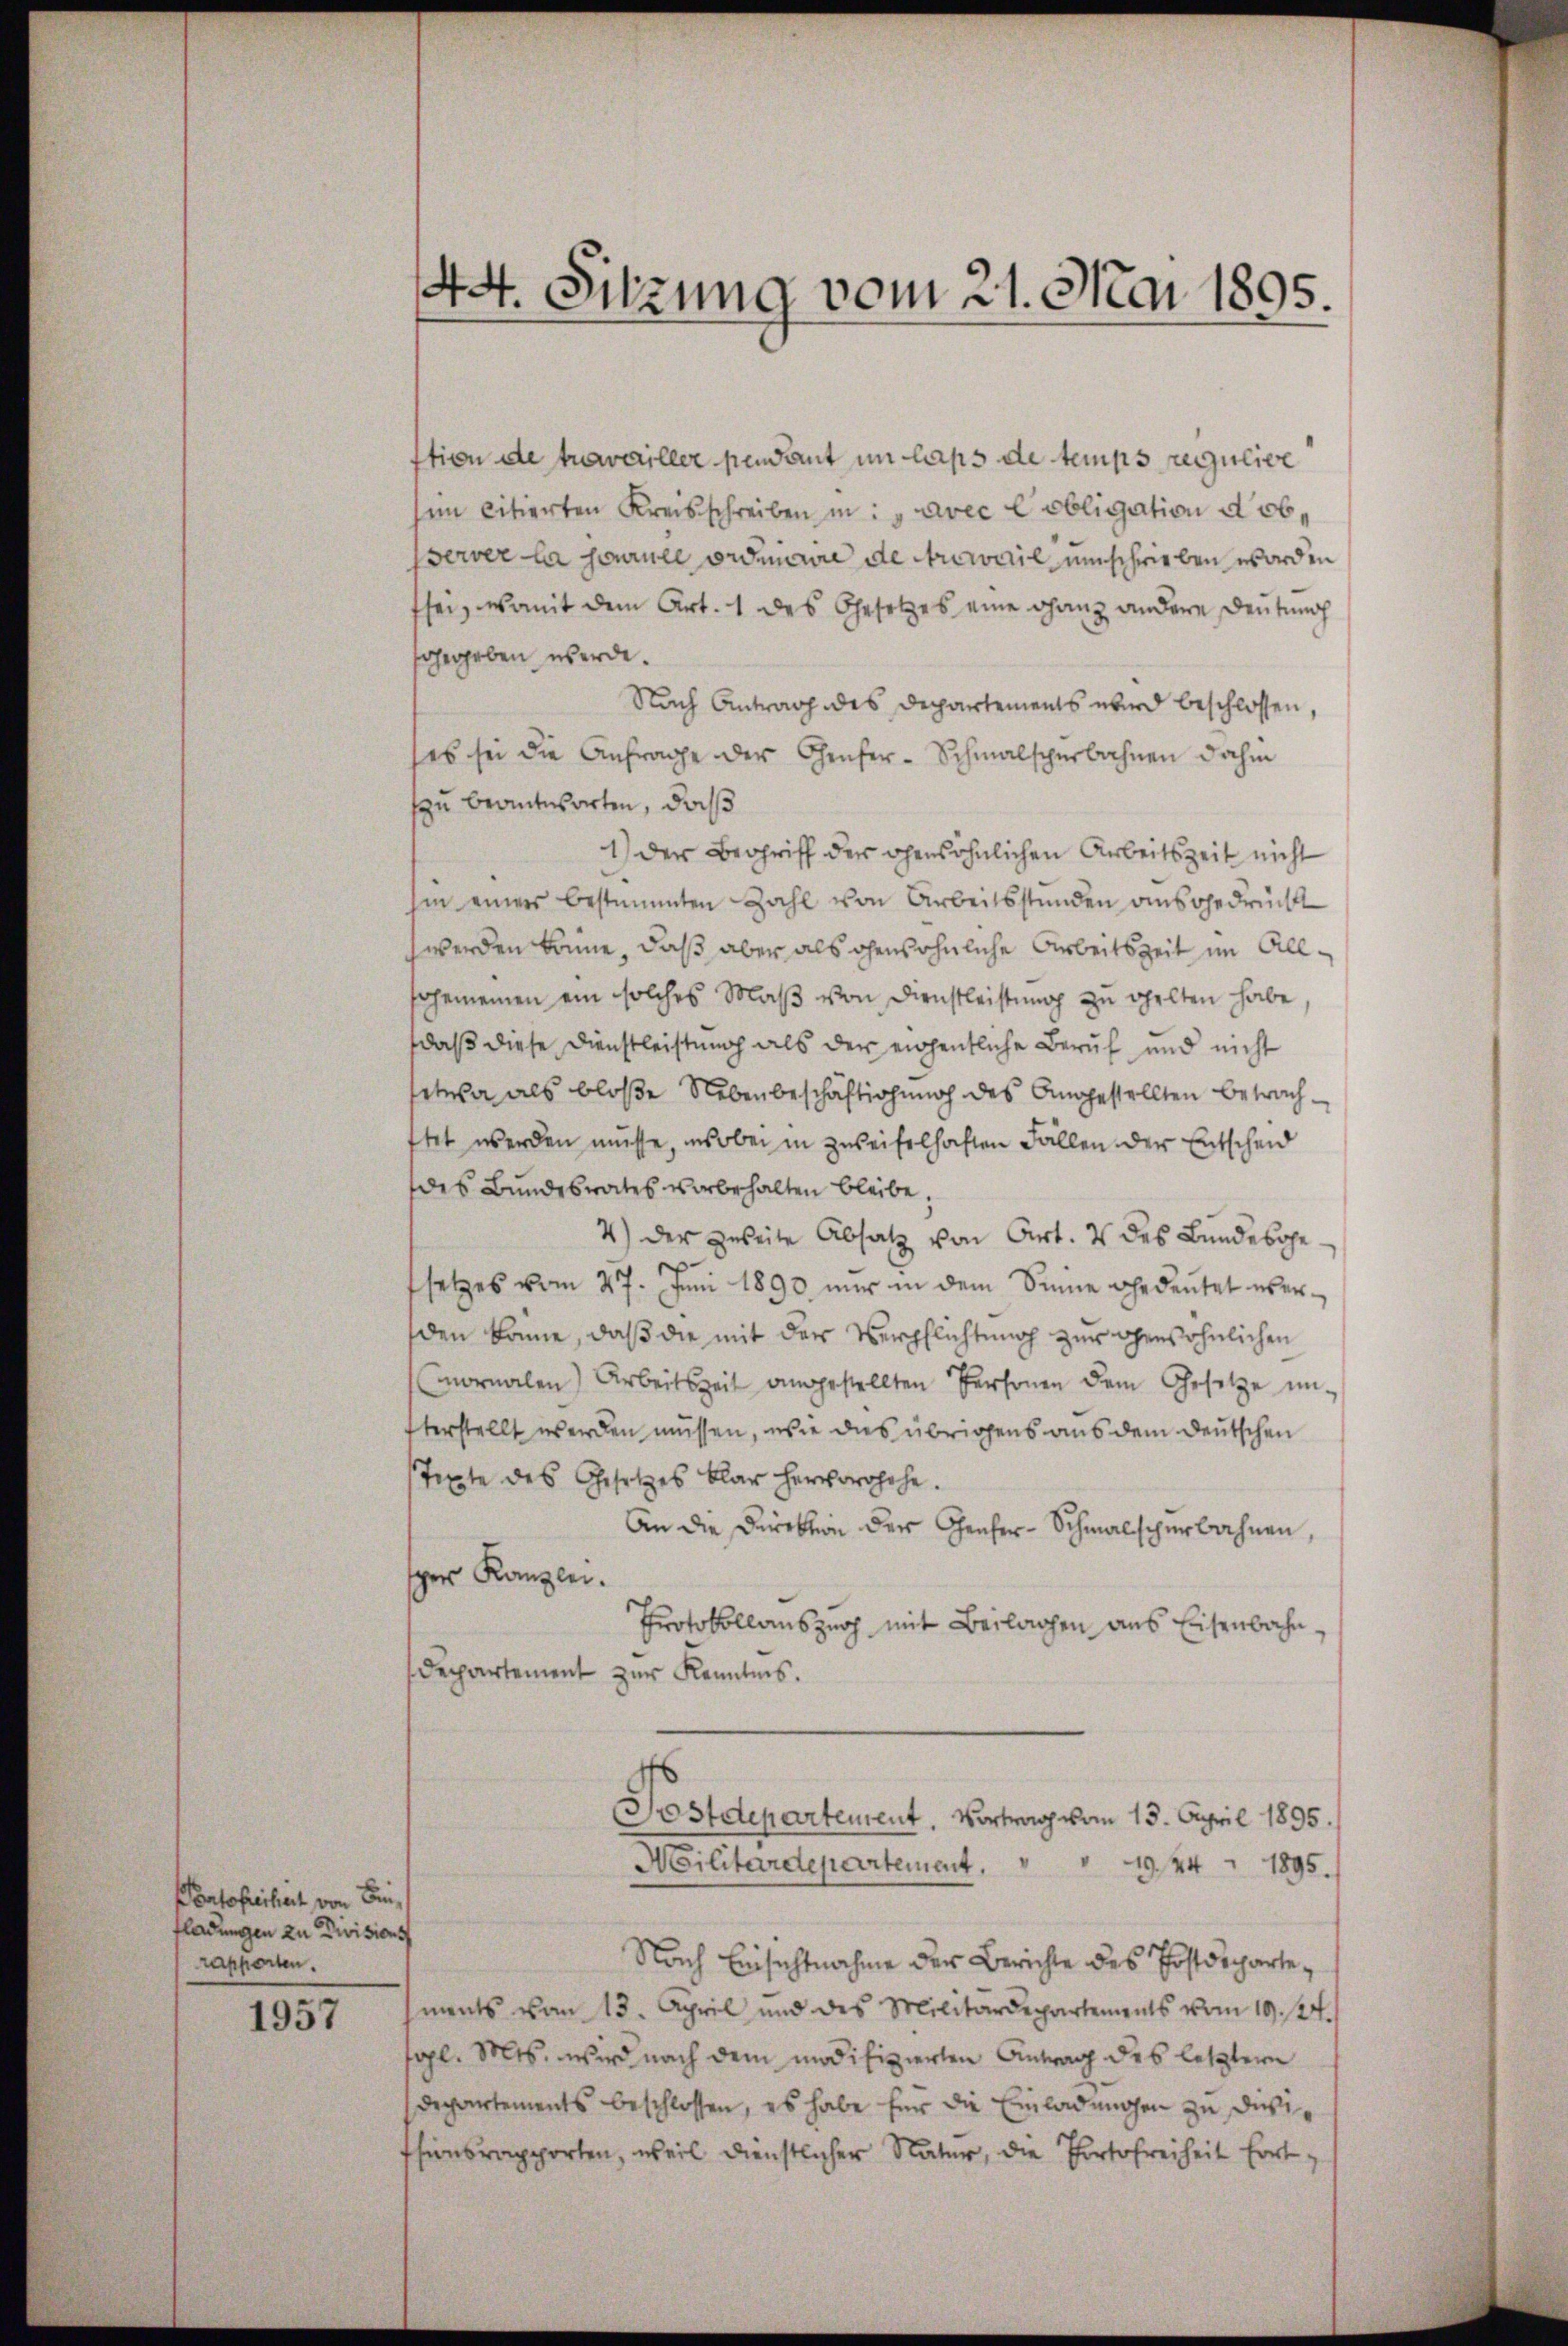
Portofreiheit von Beifladungen zu Divisions
rapporten.

1957

stion de travailler pendant in lass de temps regulier
him citierten Kreisschreiben in avec Cobligation a obperver la journle ordinire de travail umschrieben worden
fsei, womit dem Art. 1 des Gesetzes eine ganz andere Deutung
sgegeben werde.
Nach Antrag des Departements wird beschlossen,
ses sei die Anfrage der Genfer-Schmalscherbahnen dahin
Ein beantworten, daß
1.) Der Begriff der persöhnlichen Arbeitszeit nicht
hin einer bestimmten Zahl von Arbeitsstunden ausgedrückt
werden könne, daß aber als gewöhnliche Arbeitszeit im Allsgemeinen ein solches Maß von Dienstleistung zu gelten habe,
daß diese Dienstleistung als der eigentliche Beruf und nicht
etwa als bloße Nebenbeschäftigung des Angestellten betrachftet werden müsse, wobei in zweifelhaften Fällen der Entscheid
des Bundesrates vorbehalten bleibe,
4) der zweite Absatz von Art. 2 des Bundesohe
setzes vom 27. Juni 1890 nur in dem Sinne ehedeŭtet über-
den könne, daß die mit der Verpflichtung zur gewöhnlichen
mornalen Arbeitszeit angestellten Personen dem Gesetze un-
terstellt werden müssen, wie das übrigens aus dem deutschen
Texte des Gesetzes klar hervorohehe.
An die Direktion der Genfer-Schmalscherbahnen,
scher Kanzlei.
Protokollauszug mit Beilagen aus Eisenbahndepartement zŭr Kenntnis.
Postdeparteurent. Vortrag vom 13. April 1895.
Militärdepartement,
19 f 4 x 1895.
Nach Einsichtnahme der Berichte des Postdepartements vom 13. April und des Militärdepartements vom 19. 14.
sal. Mts. wird nach dem modifizierten Antrag des letztere
Departements beschlossen, es habe für die Einladungen zu diesssionsrapporten, weil dienstlicher Natur, die Portofreiheit fort¬

44. Sitzung vom 21. Mai 1895.